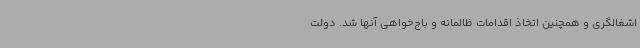
اشغالگری و همچنین اتخاذ اقدامات ظالمانه و باج‌خواهی آنها شد. دولت